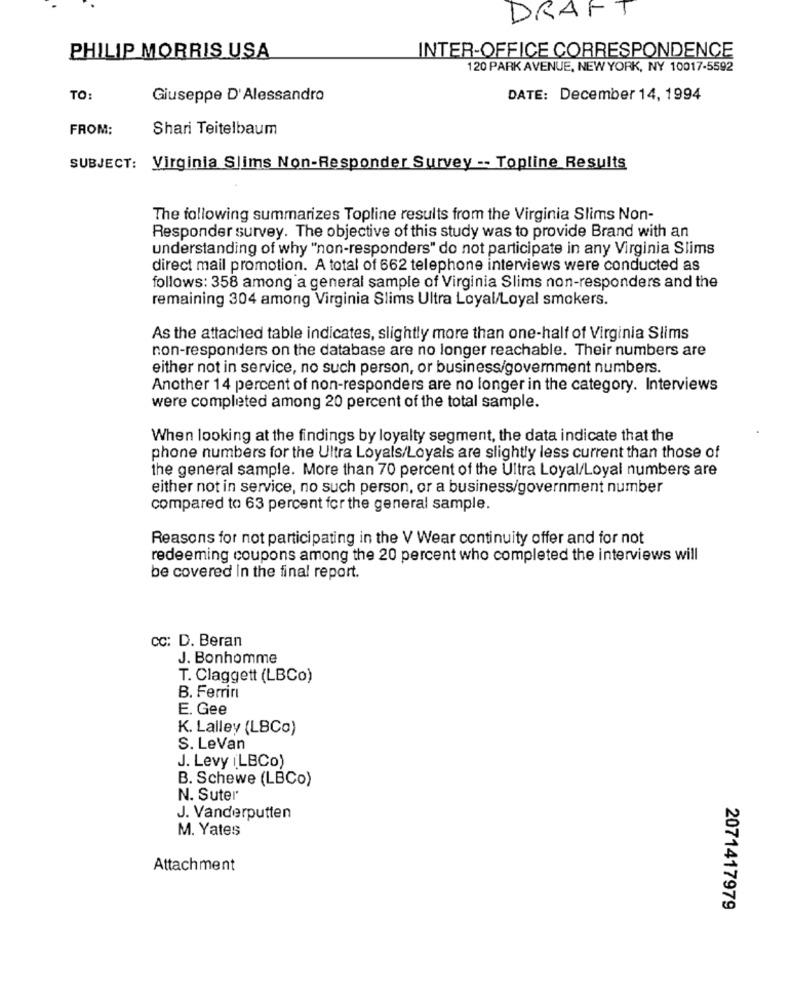
DRAFT
INTER-OFFICE CORRESPONDENCE
PHILIP MORRIS USA
120 PARK AVENUE, NEW YORK, NY 10017-5592
TO:
Giuseppe D'Alessandro
DATE: December 14, 1994
FROM:
Shari Teitelbaum
SUBJECT: Virginia Slims Non-Responder Survey -- Topline Results
The following summarizes Topline results from the Virginia Slims Non-
Responder survey. The objective of this study was to provide Brand with an
understanding of why "non-responders" do not participate in any Virginia Slims
direct mail promotion. A total of 662 telephone interviews were conducted as
follows: 358 among a general sample of Virginia Slims non-responders and the
remaining 304 among Virginia Slims Ultra Loyal/Loyal smokers.
As the attached table indicates, slightly more than one-half of Virginia Slims
non-responders on the database are no longer reachable. Their numbers are
either not in service, no such person, or business/government numbers.
Another 14 percent of non-responders are no longer in the category. Interviews
were completed among 20 percent of the total sample.
When looking at the findings by loyalty segment, the data indicate that the
phone numbers for the Ultra Loyals/Loyals are slightly less current than those of
the general sample. More than 70 percent of the Ultra Loyal/Loyal numbers are
either not in service, no such person, or a business/government number
compared to 63 percent for the general sample.
Reasons for not participating in the V Wear continuity offer and for not
redeeming coupons among the 20 percent who completed the interviews will
be covered In the final report.
CC: D. Beran
J. Bonhomme
T. Claggett (LBCo)
B. Ferrin
E. Gee
K. Lalley (LBCo)
S. LeVan
J. Levy (LBCo)
B. Schewe (LBCo)
N. Suter
J. Vanderputten
M. Yates
Attachment
2071417979